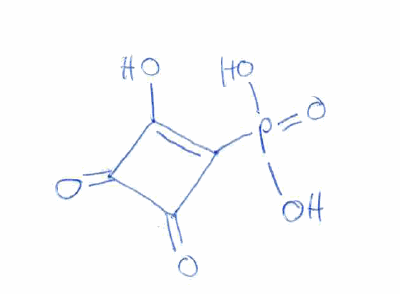
Simplified molecular-input line-entry system (SMILES) notation of the given molecule:
C1(=C(C(=O)C1=O)P(=O)(O)O)O